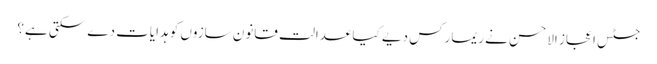
جسٹس اعجاز الاحسن نے ریمارکس دیے کیا عدالت قانون سازوں کو ہدایات دے سکتی ہے؟